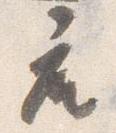
座